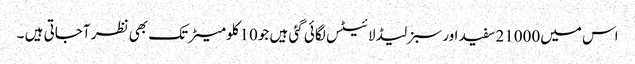
اس میں21000سفید اور سبز لیڈ لائیٹس لگائی گئی ہیں جو10کلومیٹر تک بھی نظر آجاتی ہیں ۔